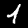
Digit: 1